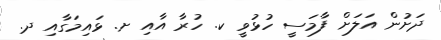
ދަށުން އަލަށް ފާމަސީ ހުޅުވީ ކ. ހުރާ އާއި ށ. ޅައިމަގާއި ދ.